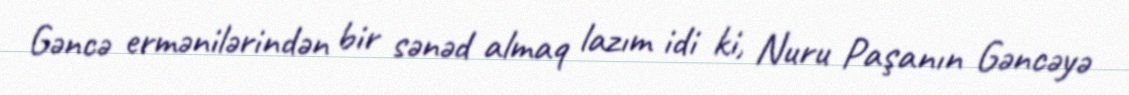
Gəncə ermənilərindən bir sənəd almaq lazım idi ki, Nuru Paşanın Gəncəyə